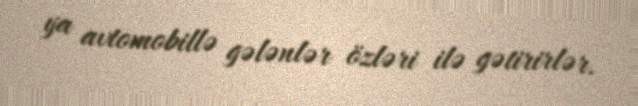
ya avtomobillə gələnlər özləri ilə gətirirlər.